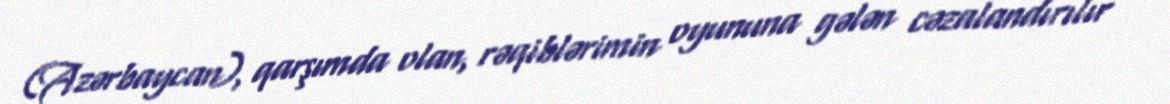
(Azərbaycan), qarşımda olan, rəqiblərimin oyununa gələn cəzalandırılır